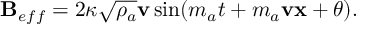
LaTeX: { \bf B } _ { e f f } = 2 \kappa \sqrt { \rho _ { a } } { \bf v } \sin ( m _ { a } t + m _ { a } { \bf v } { \bf x } + \theta ) .